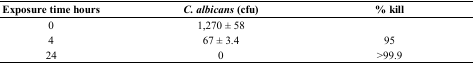
| Exposure time hours | C. albicans (cfu) | % kill |
 | --- | --- | --- |
 | 0 | 1,270 ± 58 |  |
 | 4 | 67 ± 3.4 | 95 |
 | 24 | 0 | >99.9 |